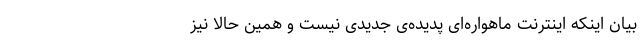
بیان اینکه اینترنت ماهواره‌ای پدیده‌ی جدیدی نیست و همین حالا نیز